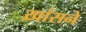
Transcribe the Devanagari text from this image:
ख़ांसने